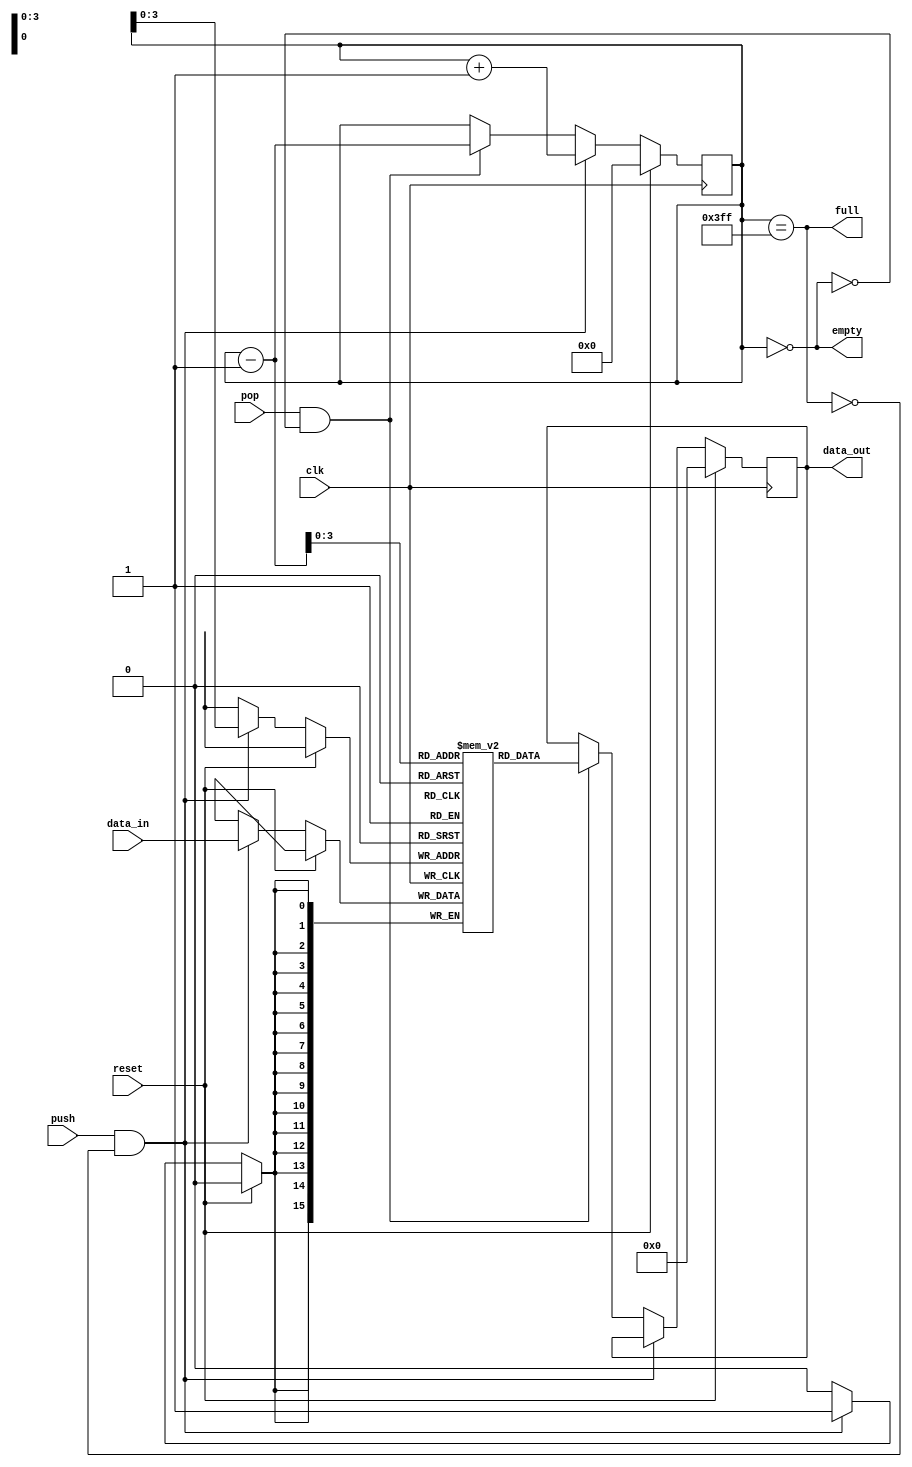
module stack
#(parameter WIDTH_DATA=16, parameter DEPTH=10)
(
    input clk,       
    input reset,     
    input  push,      
    input  pop,      
    input  [WIDTH_DATA-1:0] data_in, 
    output reg [WIDTH_DATA-1:0] data_out, 
    output reg full,   
    output reg empty   
);

reg [(WIDTH_DATA-1):0] stack[(DEPTH-1):0];
reg [(DEPTH-1):0] topPositionStack = 0, topPositionStack_next = 0;

always @(topPositionStack) begin
    full = (topPositionStack == 10'b1111111111);
    empty = (topPositionStack == 10'b0000000000);
end

always @(posedge clk) begin
    if (reset) begin
        data_out <= 0;
    end else begin
        if(push && !full) begin
            $display("Pushing %d", data_in);
            stack[topPositionStack] <= data_in;
        end
        else if (pop && !empty) begin
            $display("Popping %d", stack[topPositionStack - 1]);
            data_out <= stack[topPositionStack - 1];
        end
        // Todo: Tirar latches
    end
end

// Adicionando lgica combinatria para calcular novo valor de topPositionStack
always @* begin
    if (push && !full) begin
        topPositionStack_next = topPositionStack + 1;
    end
    else if (pop && !empty) begin
        topPositionStack_next = topPositionStack - 1;
    end
    else begin
        topPositionStack_next = topPositionStack;
    end
end

// Atribuindo novo valor de topPositionStack
always @(posedge clk) begin
    if (reset) begin
        topPositionStack <= 10'b0;
    end else begin
        topPositionStack <= topPositionStack_next;
    end
end

endmodule